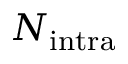
N _ { \mathrm { i n t r a } }